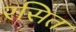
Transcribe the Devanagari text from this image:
रसित